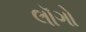
લૉગો